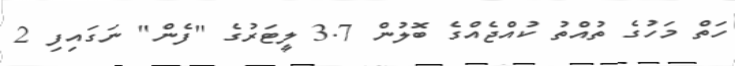
ހަތް މަހުގެ ތުއްތު ކުއްޖެއްގެ ބޮލުން 3.7 ލީޓަރުގެ "ފެން" ނަގައިފި 2